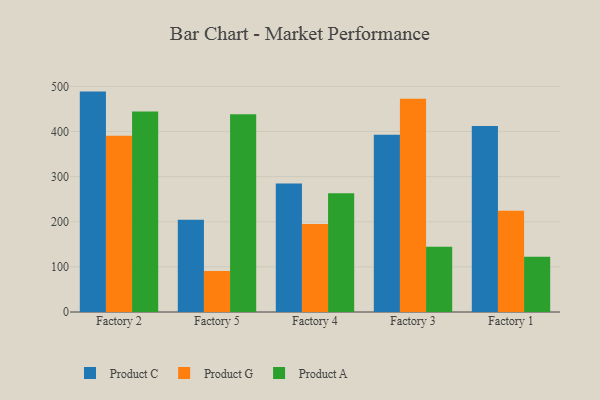
{"axis": {"x": "Factory", "y": "Temperature (°C)"}, "legend": ["Product A", "Product C", "Product G"], "data": [{"x": "Factory 2", "y": 488.4, "type": "Product C"}, {"x": "Factory 2", "y": 390.4, "type": "Product G"}, {"x": "Factory 2", "y": 444.5, "type": "Product A"}, {"x": "Factory 5", "y": 204.5, "type": "Product C"}, {"x": "Factory 5", "y": 91.0, "type": "Product G"}, {"x": "Factory 5", "y": 438.4, "type": "Product A"}, {"x": "Factory 4", "y": 284.5, "type": "Product C"}, {"x": "Factory 4", "y": 194.8, "type": "Product G"}, {"x": "Factory 4", "y": 263.1, "type": "Product A"}, {"x": "Factory 3", "y": 392.6, "type": "Product C"}, {"x": "Factory 3", "y": 472.5, "type": "Product G"}, {"x": "Factory 3", "y": 144.6, "type": "Product A"}, {"x": "Factory 1", "y": 412.1, "type": "Product C"}, {"x": "Factory 1", "y": 224.3, "type": "Product G"}, {"x": "Factory 1", "y": 122.2, "type": "Product A"}]}